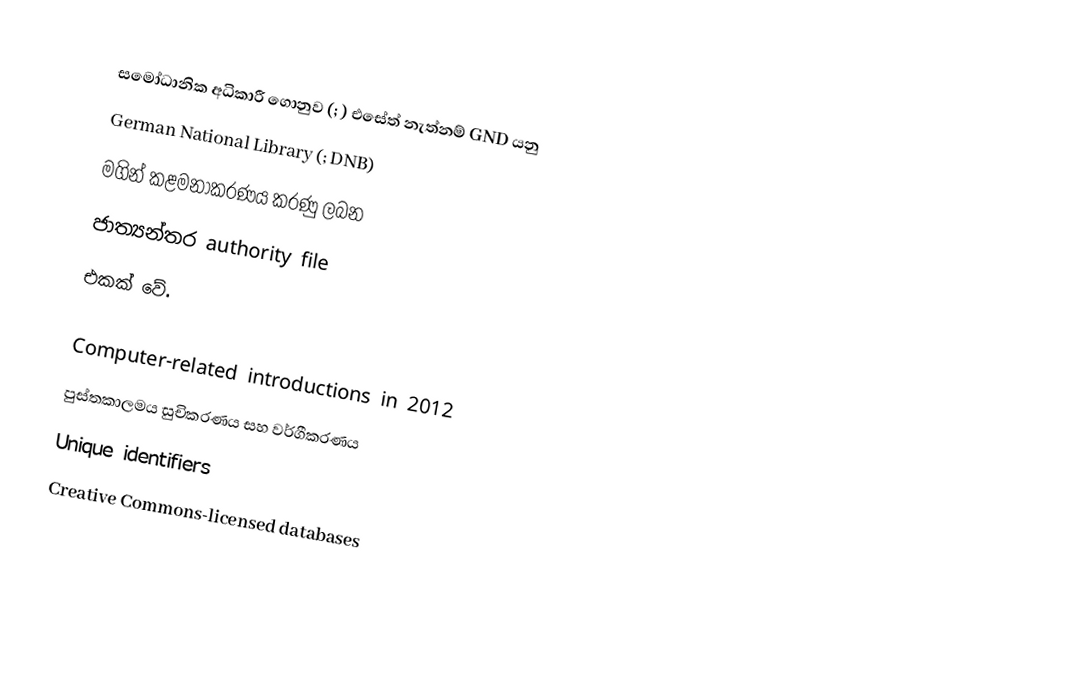
සමෝධානික අධිකාරී ගොනුව (; ) එසේත් නැත්නම් GND යනු
German National Library (; DNB)
මගින් කළමනාකරණය කරණු ලබන
ජාත්‍යන්තර authority file
එකක් වේ.

Computer-related introductions in 2012
පුස්තකාලමය සුචිකරණය සහ වර්ගීකරණය
Unique identifiers
Creative Commons-licensed databases